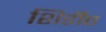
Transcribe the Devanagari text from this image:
शिर्डीत